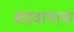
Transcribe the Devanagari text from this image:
बडवायला